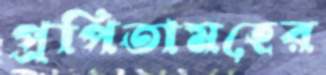
প্রপিতামহের